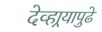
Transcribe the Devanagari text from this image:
देव्हार्‍यापुढे